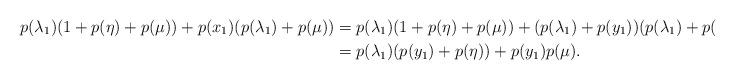
LaTeX: \begin{align*}p(\lambda_1)(1+p(\eta)+p(\mu)) + p(x_1)(p(\lambda_1)+p(\mu)) &= p(\lambda_1)(1+p(\eta)+p(\mu)) + (p(\lambda_1)+p(y_1))(p(\lambda_1)+p(\mu))\\&= p(\lambda_1)(p(y_1)+p(\eta)) + p(y_1)p(\mu).\end{align*}